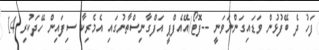
ފަހު ދެ ބޭފުޅުން ވަޑައިގަންނަވަނީ --ފޮޓޯ/އޭއެފްޕީ އަފްގާނިސްތާނުގައި އެމެރިކާ ސިފައިން ހޭދަކުރި 14